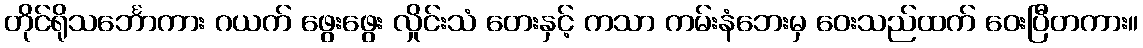
တိုင်ရိုသင်္ဘောကား ဂယက် ဖွေးဖွေး လှိုင်းသံ တေးနှင့် ကသာ ကမ်းနံဘေးမှ ဝေးသည်ထက် ဝေးပြီတကား။